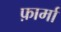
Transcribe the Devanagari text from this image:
फ़ार्मा